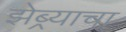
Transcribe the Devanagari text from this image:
झेब्र्याचा